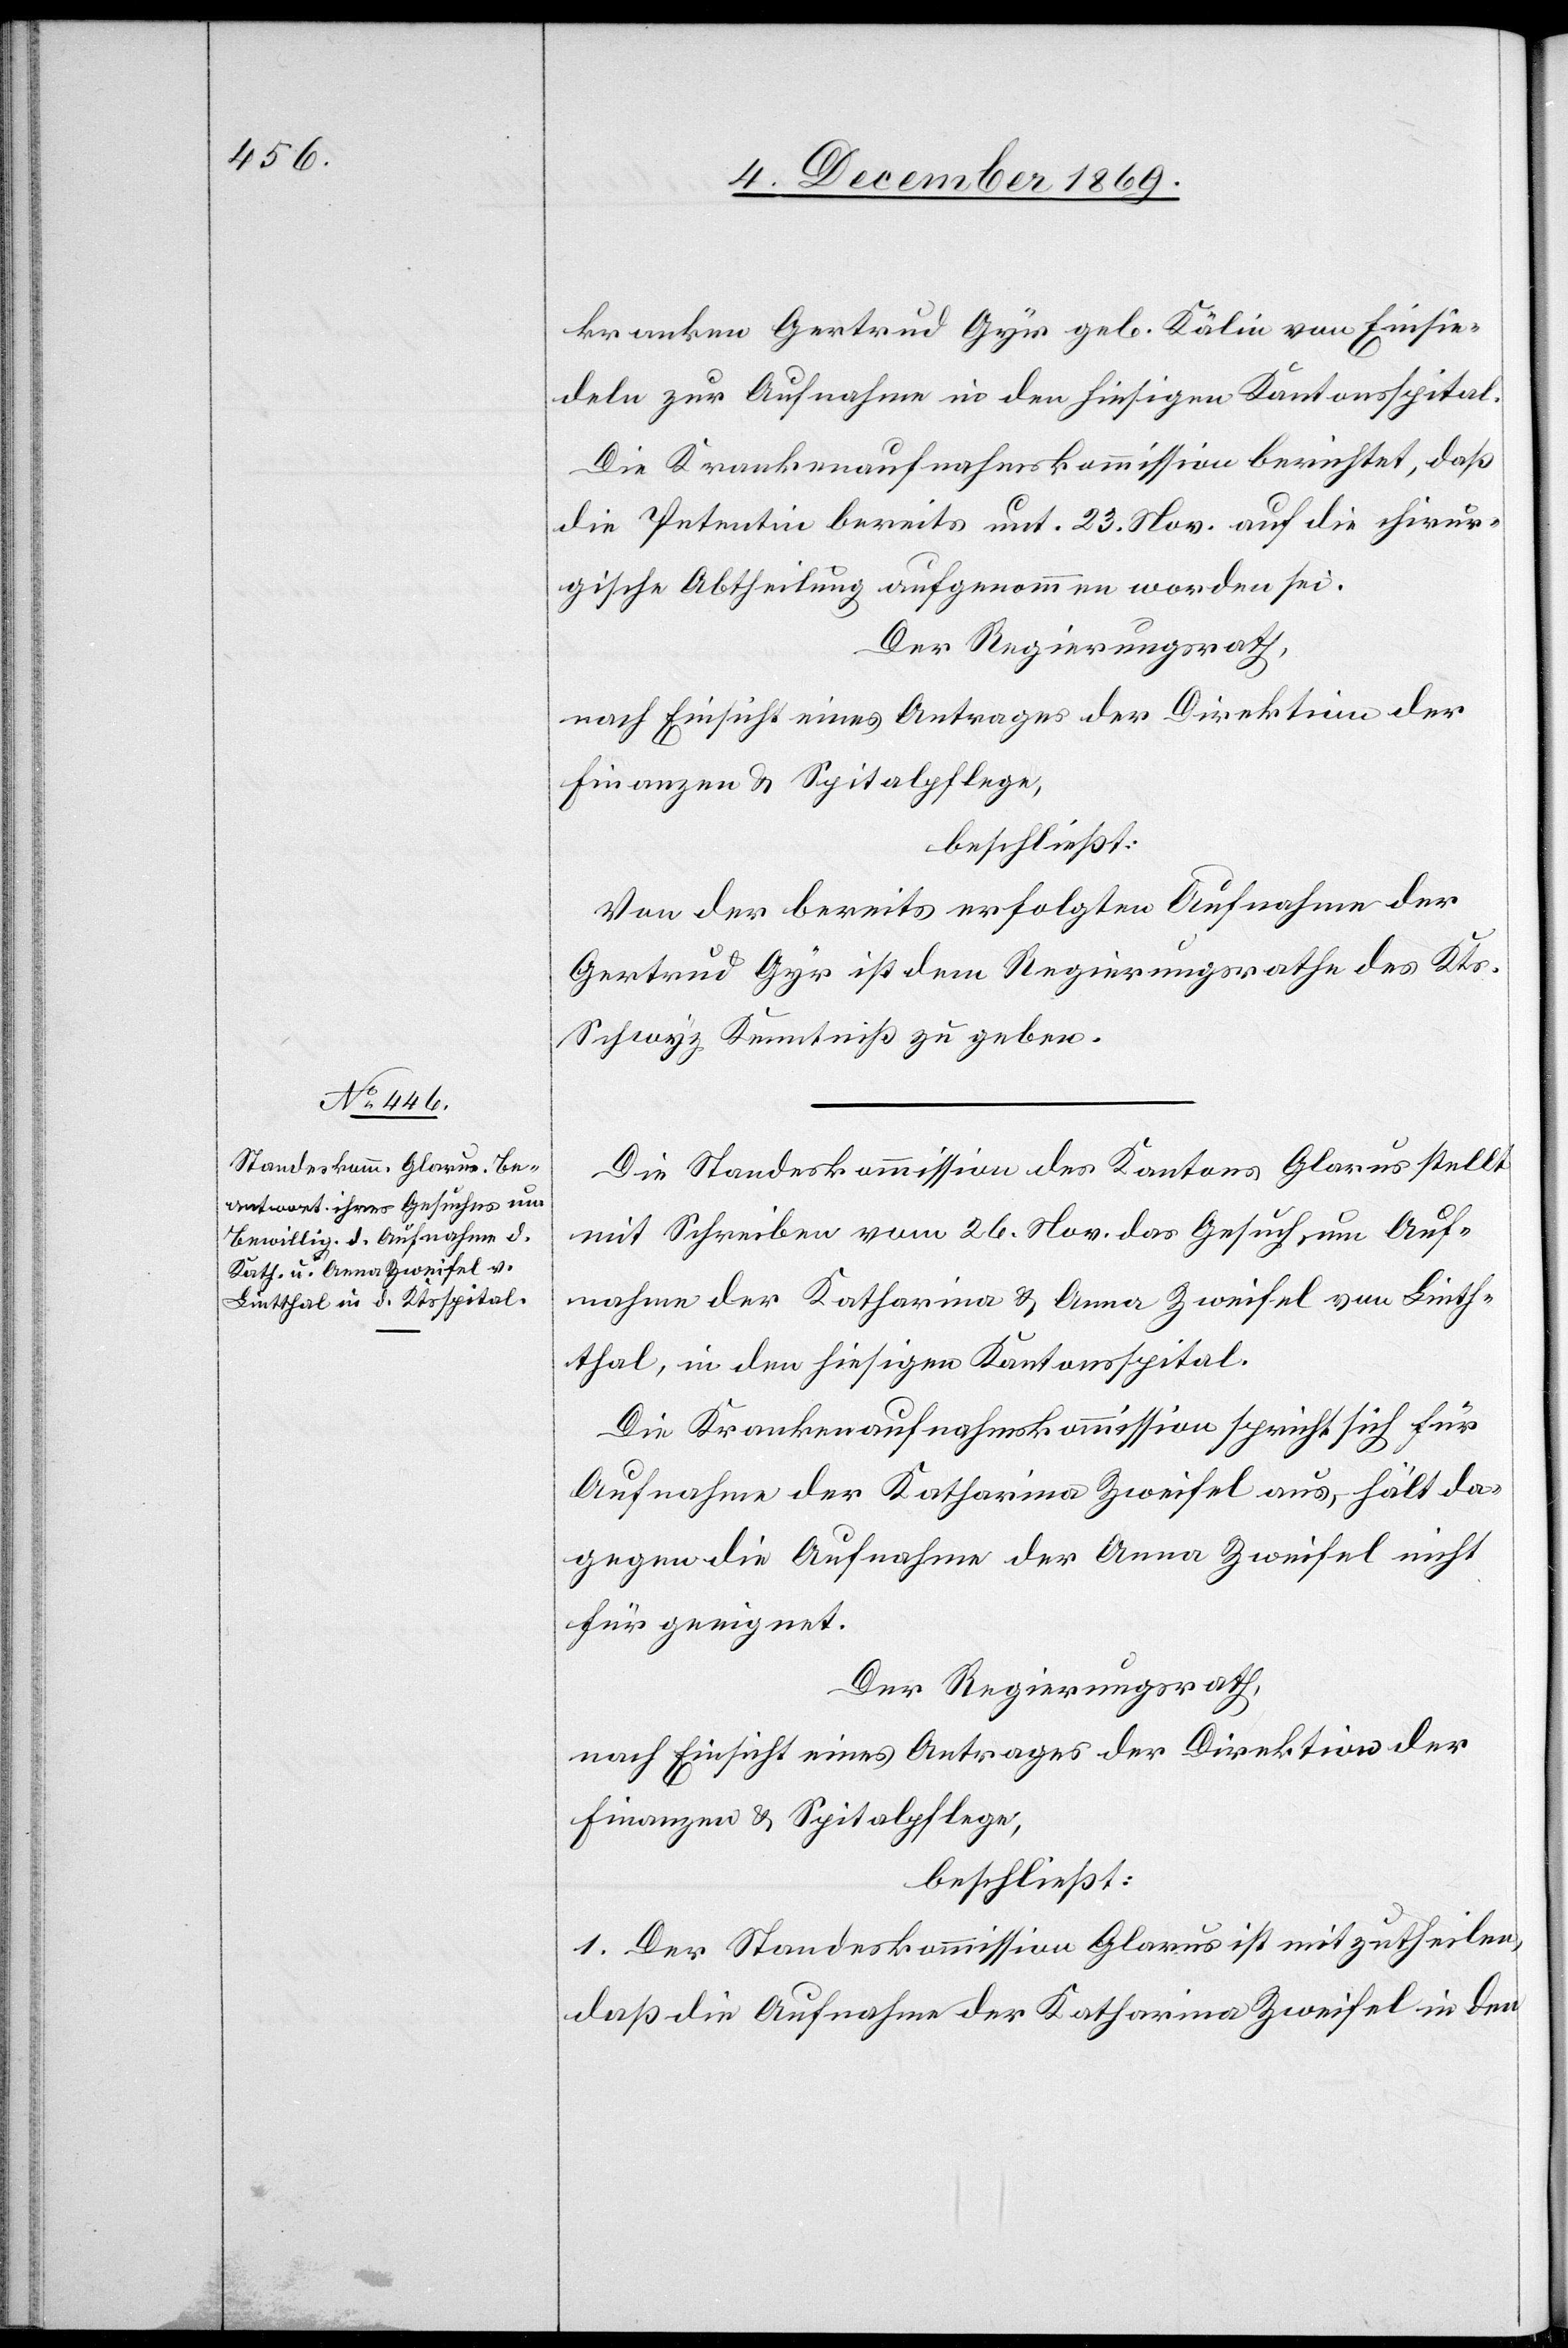
kranken Gertrud Gyr geb. Kälin von Einsie¬
deln zur Aufnahme in den hiesigen Kantonsspital.
Die Krankenaufnahmskommission berichtet, daß
die Petentin bereits unt. 23. Nov. auf die chirur¬
gische Abtheilung aufgenommen worden sei.
Der Regierungsrath,
nach Einsicht eines Antrages der Direktion der
Finanzen & Spitalpflege,
beschließt:
Von der bereits erfolgten Aufnahme der
Gertrud Gyr ist dem Regierungsrathe des Kts.
Schwyz Kenntniß zu geben.
Die Standeskommission des Kantons Glarus stellt
mit Schreiben vom 26. Nov. das Gesuch um Auf¬
nahme der Katharina & Anna Zweifel von Linth¬
thal, in den hiesigen Kantonsspital.
Die Krankenaufnahmskommission spricht sich für
Aufnahme der Katharina Zweifel aus, hält da¬
gegen die Aufnahme der Anna Zweifel nicht
für geeignet.
Der Regierungsrath,
nach Einsicht eines Antrages der Direktion der
Finanzen & Spitalpflege,
beschließt:
1. Der Standeskommission Glarus ist mitzutheilen,
daß die Aufnahme der Katharina Zweifel in den